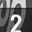
Digit: 2